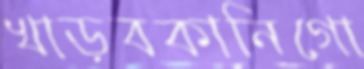
খাড়বকানিগো